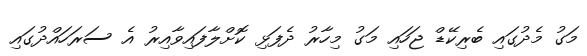
މަގު މެދުގައި ބެރިކޭޑް ޖަހައި މަގު މިހާރު ދެފަޅި ކޮށްލާފައިވާއިރު އެ ސަރަހައްދުގައި